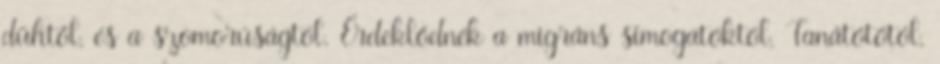
dühtől, és a szomorúságtól. Érdeklődnék a migráns símogatóktól, Tanátótótól,